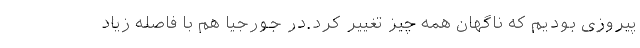
پیروزی بودیم که ناگهان همه چیز تغییر کرد.در جورجیا هم با فاصله زیاد